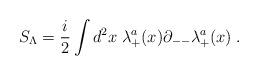
LaTeX: \begin{align*}S_\Lambda = {i\over 2}\int d^2x \;\lambda^{a}_+(x)\partial_{--}\lambda^a_{+}(x)\; .\end{align*}